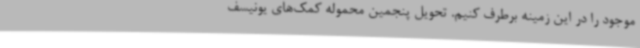
موجود را در این زمینه برطرف کنیم. تحویل پنجمین محموله کمک‌های یونیسف